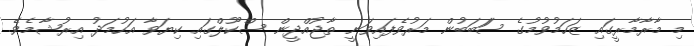
މި މާރާމާރީގައި ޒަހަމުވުމުގެ ސަަބަބުން މަރުވެފައިވަނީ ތާޖުއްދީން ސްކޫލްގައި ކިޔަވާ އަހުމަދު އިރުޝާމެވެ.